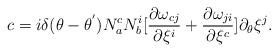
LaTeX: \begin{align*}c=i{\delta}(\theta -{\theta}^{'})N_a^c N_b^i[\frac{{\partial}{\omega}_{cj}}{{\partial{\xi}^i}} + \frac{{\partial}{\omega}_{ji}}{{\partial{\xi}^c}}]\partial_{\theta}{\xi}^j.\end{align*}